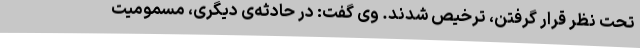
تحت نظر قرار گرفتن، ترخیص شدند. وی گفت: در حادثه‌ی دیگری، مسمومیت